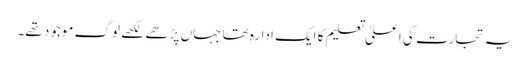
یہ تجارت کی اعلیٰ تعلیم کا ایک ادارہ تھا جہاں پڑھے لکھے لوگ موجود تھے۔